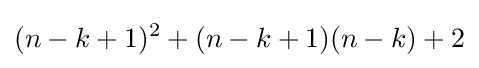
(n-k+1)^{2}+(n-k+1)(n-k)+2